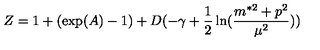
Z = 1 + ( \exp ( A ) - 1 ) + D ( - \gamma + \frac { 1 } { 2 } \ln ( \frac { m ^ { \ast 2 } + p ^ { 2 } } { \mu ^ { 2 } } ) )